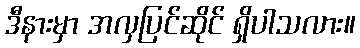
ဒီနားမှာ အလှပြင်ဆိုင် ရှိပါသလား။